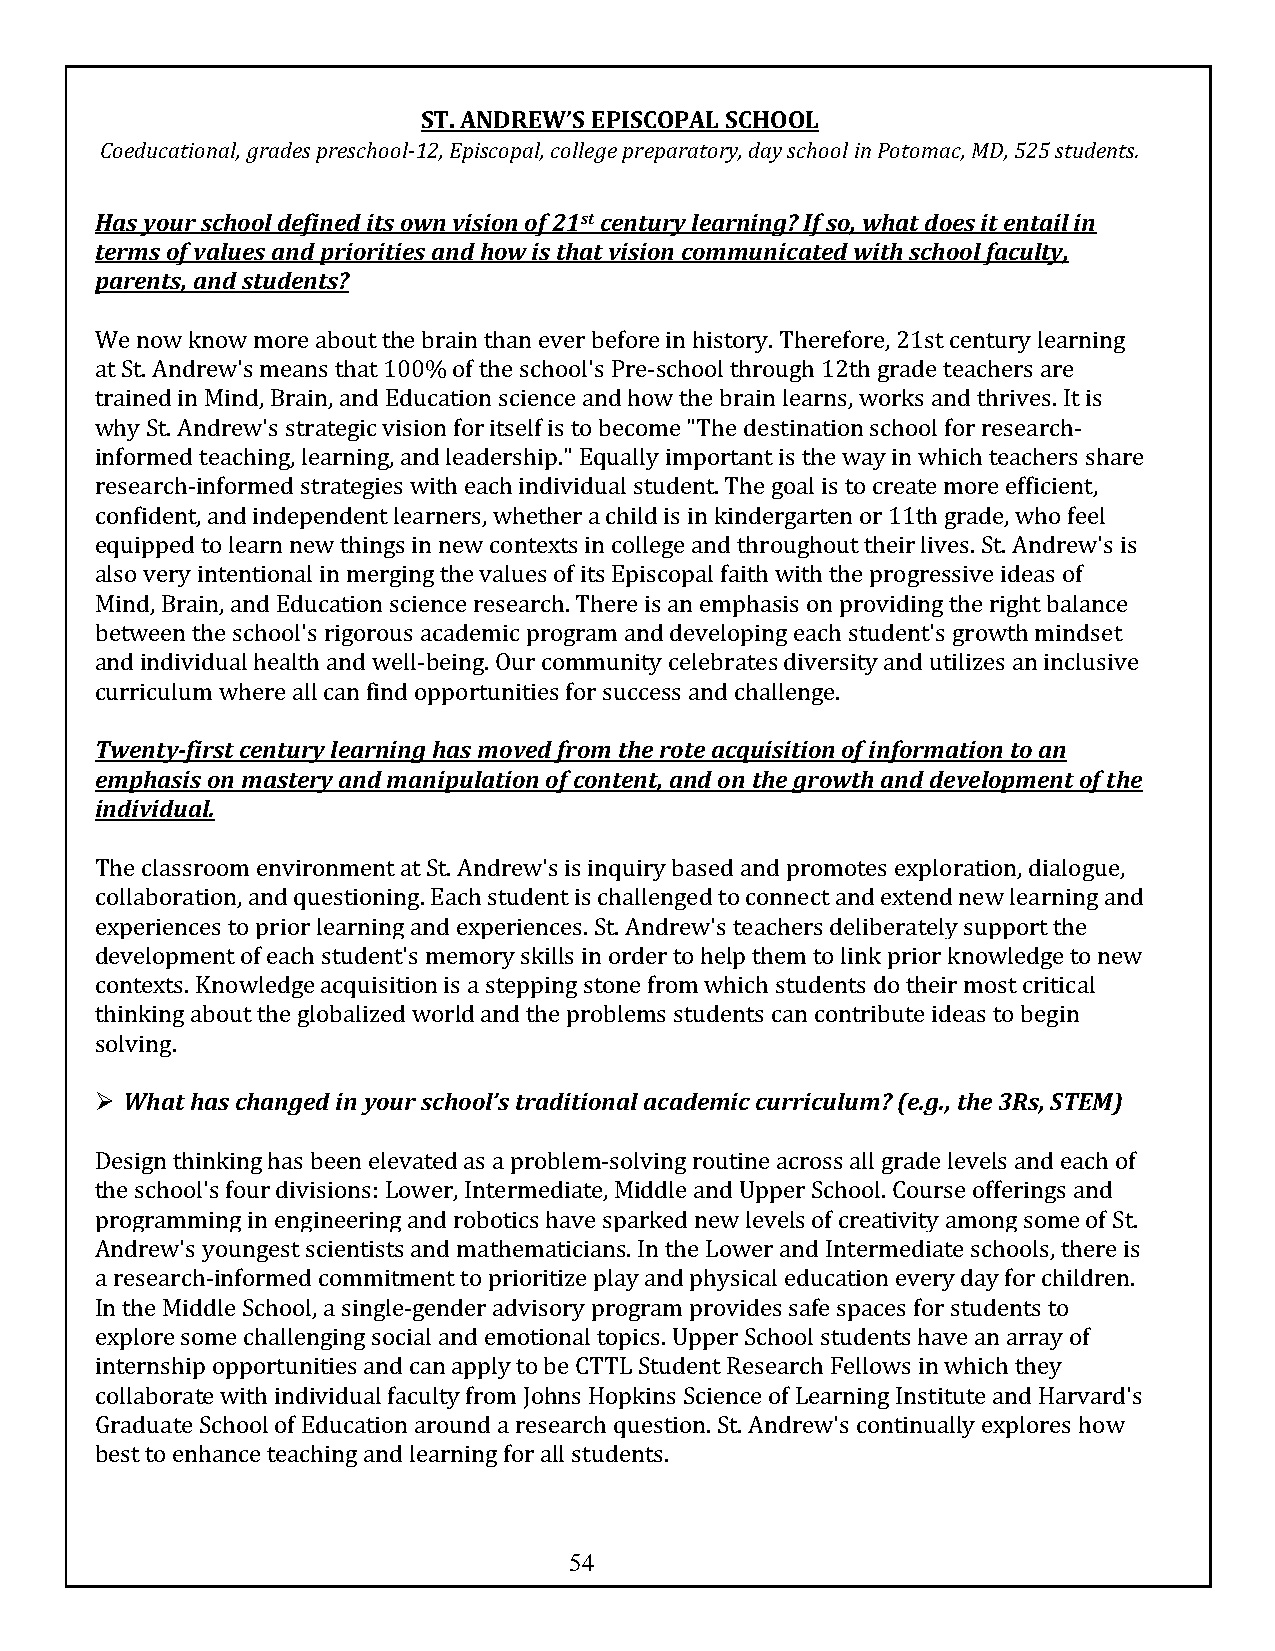
ST. ANDREW’S EPISCOPAL SCHOOL
 Coeducational, grades preschool-12, Episcopal, college preparatory, day school in Potomac, MD, 525 students.
 Has your school defined its own vision of 21st century learning? If so, what does it entail in
 terms of values and priorities and how is that vision communicated with school faculty,
 parents, and students?
 We now know more about the brain than ever before in history. Therefore, 21st century learning
 at St. Andrew's means that 100% of the school's Pre-school through 12th grade teachers are
 trained in Mind, Brain, and Education science and how the brain learns, works and thrives. It is
 why St. Andrew's strategic vision for itself is to become "The destination school for research-
 informed teaching, learning, and leadership." Equally important is the way in which teachers share
 research-informed strategies with each individual student. The goal is to create more efficient,
 confident, and independent learners, whether a child is in kindergarten or 11th grade, who feel
 equipped to learn new things in new contexts in college and throughout their lives. St. Andrew's is
 also very intentional in merging the values of its Episcopal faith with the progressive ideas of
 Mind, Brain, and Education science research. There is an emphasis on providing the right balance
 between the school's rigorous academic program and developing each student's growth mindset
 and individual health and well-being. Our community celebrates diversity and utilizes an inclusive
 curriculum where all can find opportunities for success and challenge.
 Twenty-first century learning has moved from the rote acquisition of information to an
 emphasis on mastery and manipulation of content, and on the growth and development of the
 individual.
 The classroom environment at St. Andrew's is inquiry based and promotes exploration, dialogue,
 collaboration, and questioning. Each student is challenged to connect and extend new learning and
 experiences to prior learning and experiences. St. Andrew's teachers deliberately support the
 development of each student's memory skills in order to help them to link prior knowledge to new
 contexts. Knowledge acquisition is a stepping stone from which students do their most critical
 thinking about the globalized world and the problems students can contribute ideas to begin
 solving.
 Ø What has changed in your school’s traditional academic curriculum? (e.g., the 3Rs, STEM)
 Design thinking has been elevated as a problem-solving routine across all grade levels and each of
 the school's four divisions: Lower, Intermediate, Middle and Upper School. Course offerings and
 programming in engineering and robotics have sparked new levels of creativity among some of St.
 Andrew's youngest scientists and mathematicians. In the Lower and Intermediate schools, there is
 a research-informed commitment to prioritize play and physical education every day for children.
 In the Middle School, a single-gender advisory program provides safe spaces for students to
 explore some challenging social and emotional topics. Upper School students have an array of
 internship opportunities and can apply to be CTTL Student Research Fellows in which they
 collaborate with individual faculty from Johns Hopkins Science of Learning Institute and Harvard's
 Graduate School of Education around a research question. St. Andrew's continually explores how
 best to enhance teaching and learning for all students.
 54